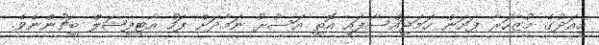
މިއަދުގެ މުޒާހަރާ ފަށަން ހަމަޖައްސާފައި އޮތީ އަސުރު ނަމާދަށް ފަހު އާޓިފިޝަލް ބީޗުންނެވެ.